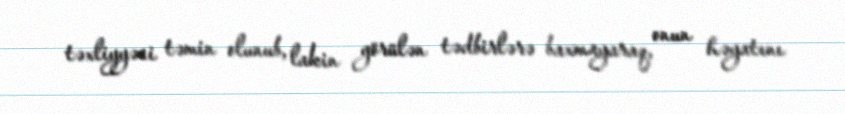
təxliyyəsi təmin olunub, lakin görülən tədbirlərə baxmayaraq, onun həyatını